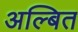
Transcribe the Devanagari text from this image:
अल्बित